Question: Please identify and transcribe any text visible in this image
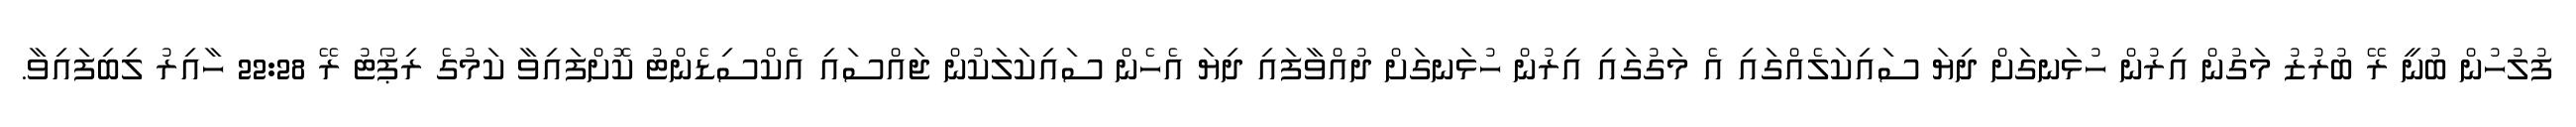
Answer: ފުލުހުން ބުނީ ރޭ ބުރުޒު މަގުން އިރުން ހުޅަނގަށް ދިޔަ ސައިކަލެއްގައި އެ މަގުގައި އިރުން ހުޅަނގަށް ދުއްވާފައި ދިޔަ އެހެން ސައިކަލަކުން ޖައްސައި އެކްސިޑެންޓު ކޮށްފައިވާ ކަމުގެ ރިޕޯޓު ރޭ 22:28 ހާއިރު ލިބިފައިވާ.